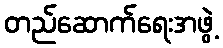
တည်ဆောက်ရေးအဖွဲ့